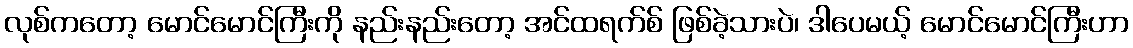
လုစ်ကတော့ မောင်မောင်ကြီးကို နည်းနည်းတော့ အင်ထရက်စ် ဖြစ်ခဲ့သားပဲ၊ ဒါပေမယ့် မောင်မောင်ကြီးဟာ